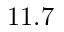
1 1 . 7